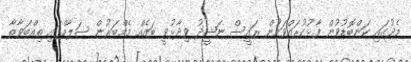
މެދުގައި ކަންބޮޑުވުން ފާޅުކުރައްވަމުން ރައީސް ނަޝީދު ވިދާޅުވީ ބައެއް މެމްބަރުން ސަލާމްގައި ތިއްބަވާތާ